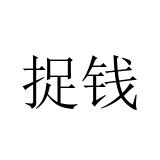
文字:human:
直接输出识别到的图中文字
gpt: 捉钱